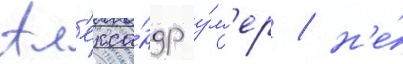
Ал'екса́ндр у́м'ер / н'е́